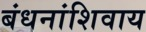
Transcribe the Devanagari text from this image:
बंधनांशिवाय